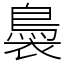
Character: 䙚